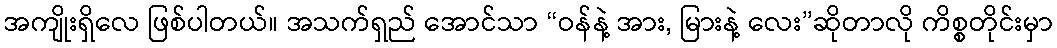
အကျိုးရှိလေ ဖြစ်ပါတယ်။ အသက်ရှည် အောင်သာ “ဝန်နဲ့ အား, မြားနဲ့ လေး”ဆိုတာလို ကိစ္စတိုင်းမှာ